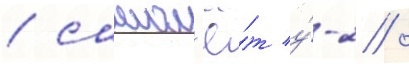
/ самол'ё́т у́-2 /